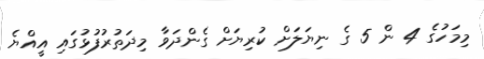
މިމަހުގެ 4 ން 5 ގެ ނިޔަލަށް ކުރިޔަށް ގެންދަވާ މިދަތުރުފުޅުގައި އީއްޔެ